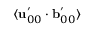
\langle \mathbf { u } _ { 0 0 } ^ { \prime } \cdot \mathbf { b } _ { 0 0 } ^ { \prime } \rangle